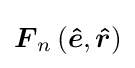
{\boldsymbol {F}}_{n}\left({\boldsymbol {\hat {e}}},{\boldsymbol {\hat {r}}}\right)